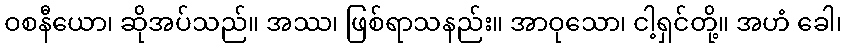
ဝစနီယော၊ ဆိုအပ်သည်။ အဿ၊ ဖြစ်ရာသနည်း။ အာဝုသော၊ ငါ့ရှင်တို့။ အဟံ ခေါ၊